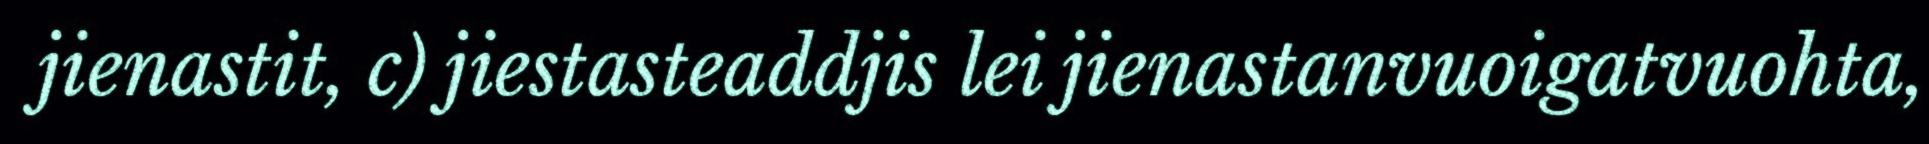
jienastit, c) jiestasteaddjis lei jienastanvuoigatvuohta,